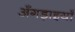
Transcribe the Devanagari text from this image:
अँगड़ाइयाँ